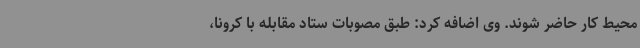
محیط کار حاضر شوند. وی اضافه کرد: طبق مصوبات ستاد مقابله با کرونا،